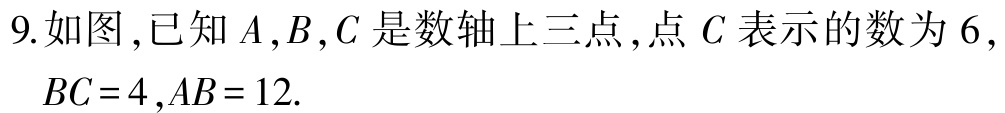
9.如图,已知\(A,B,C\)是数轴上三点,点 \(C\) 表示的数为 \(6\), \(BC = 4\),\(AB = 12\).